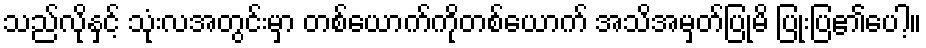
သည်လိုနှင့် သုံးလအတွင်းမှာ တစ်ယောက်ကိုတစ်ယောက် အသိအမှတ်ပြုမိ ပြုံးပြ၏ပေါ့။